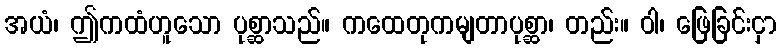
အယံ၊ ဤကထံဟူသော ပုစ္ဆာသည်။ ကထေတုကမျတာပုစ္ဆာ၊ တည်း။ ဝါ၊ ဖြေခြင်းငှာ